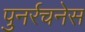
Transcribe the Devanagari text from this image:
पुनर्रचनेस